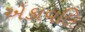
એકાવલિ